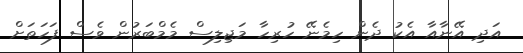
އަދި އޭނާއާ އެކު ދެން ހިމެނޭ ހުރިހާ މަޖިލިސް މެމްބަރުން ވެސް ފަހަތަށް